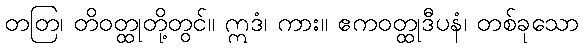
တတြ၊ တိဝတ္ထုတို့တွင်။ ဣဒံ၊ ကား။ ဧကဝတ္ထုဒီပနံ၊ တစ်ခုသော